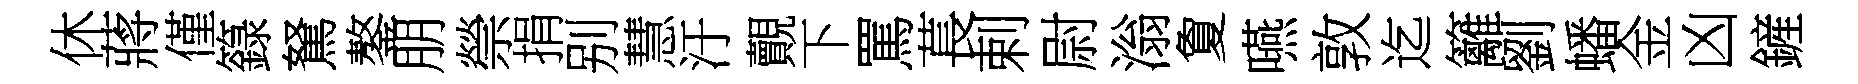
休蔣僅籙駑鏊朋禜捐别慧汙覿下罵萇剌尉滃夐嚥敦迄籬劉蟠金凶鏟